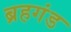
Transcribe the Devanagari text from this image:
ब्रहगंड